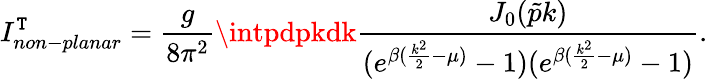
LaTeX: I_{non-planar}^{\mathtt{T}}=\frac{{g}}{{8\pi^{2}}}\intpdpkdk\frac{{J_{0}(\tilde{{p}}k)}}{{(e^{\beta(\frac{{k^{2}}}{{2}}-\mu)}-1)(e^{\beta(\frac{{k^{2}}}{{2}}-\mu)}-1)}}.